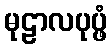
မုဠာလပုပ္ဖံ